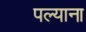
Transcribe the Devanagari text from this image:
पल्याना